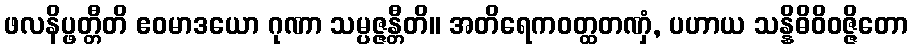
ဖလနိပ္ဖတ္တီတိ ဧဝမာဒယော ဂုဏာ သမ္ပဇ္ဇန္တီတိ။ အတိရေကဝတ္ထတဏှံ, ပဟာယ သန္နိဓိဝိဝဇ္ဇိတော